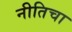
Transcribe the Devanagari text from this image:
नीतिचा